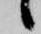
候